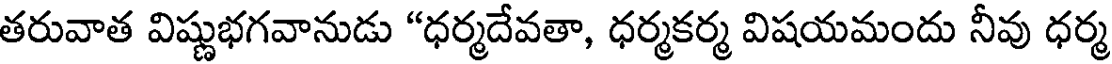
తరువాత విష్ణుభగవానుడు "ధర్మదేవతా, ధర్మకర్మ విషయమందు నీవు ధర్మ